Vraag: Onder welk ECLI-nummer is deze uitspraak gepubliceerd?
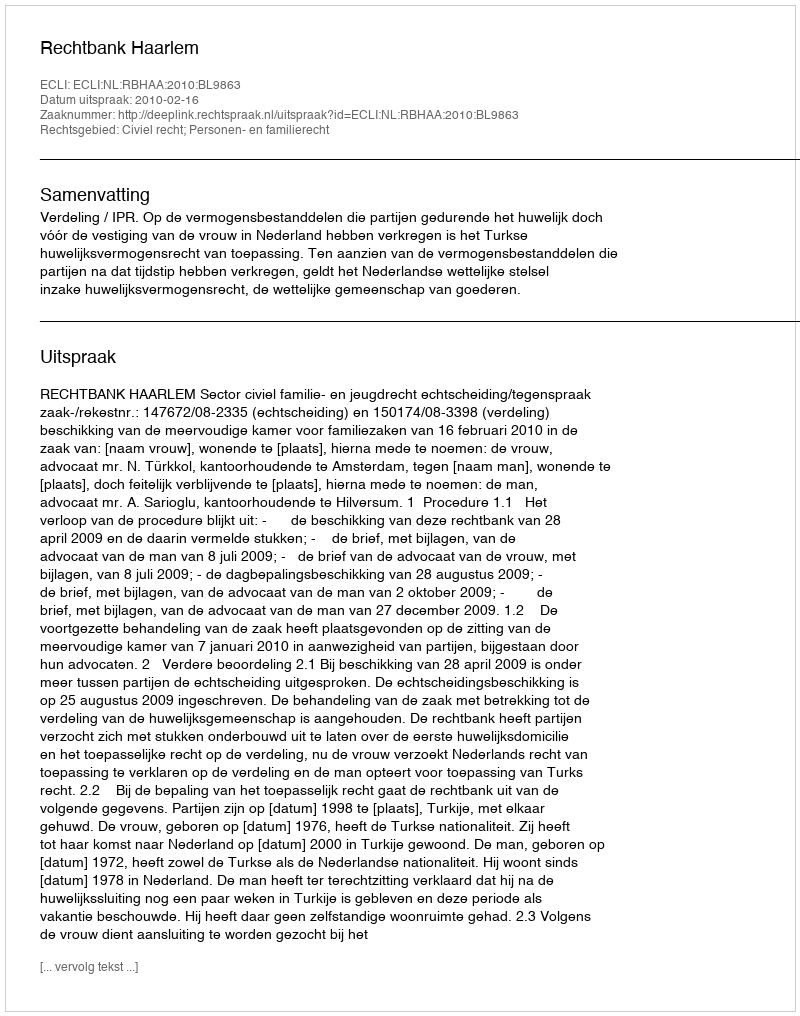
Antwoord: ECLI:NL:RBHAA:2010:BL9863